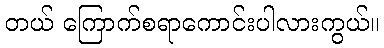
တယ် ကြောက်စရာကောင်းပါလားကွယ်။